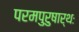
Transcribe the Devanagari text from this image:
परमपुरुषार्थः